Civil Veterinary Dept. Assam report 1927-50 - 1927-1950
Year: 1927
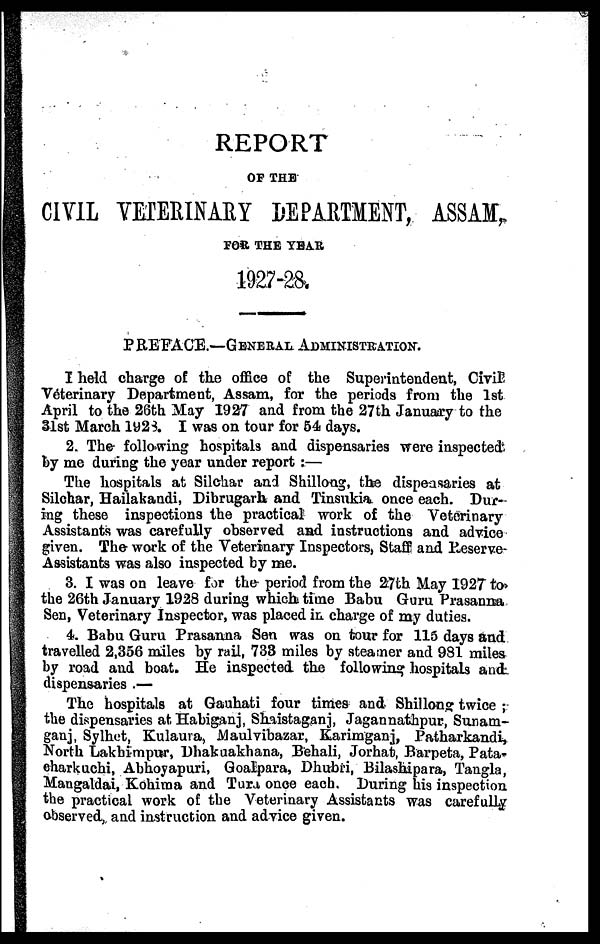
REPORT
OF THE
CIVIL VETERINARY DEPARTMENT, ASSAM,
FOR THE YEAR
1927-28.
PREFACE.—GENERAL ADMINISTRATION.
I held charge of the office of the Superintendent, Civil
Veterinary Department, Assam, for the periods from the 1st
April to the 26th May 1927 and from the 27th January to the
31st March 1923. I was on tour for 54 days.
2. The following hospitals and dispensaries were inspected
by me during the year under report :—
The hospitals at Silchar and Shillong, the dispensaries at
Silchar, Hailakandi, Dibrugarh and Tinsukia once each. Dur-
ing these inspections the practical work of the Veterinary
Assistants was carefully observed and instructions and advice
given. The work of the Veterinary Inspectors, Staff and Reserve-
Assistants was also inspected by me.
3. I was on leave for the period from the 27th May 1927 to
the 26th January 1928 during which time Babu Guru Prasanna
Sen, Veterinary Inspector, was placed in charge of my duties.
4. Babu Guru Prasanna Sen was on tour for 115 days and
travelled 2,356 miles by rail, 733 miles by steamer and 981 miles
by road and boat. He inspected the following hospitals and
dispensaries .—
The hospitals at Gauhati four times and Shillong twice ;
the dispensaries at Habiganj, Shaistaganj, Jagannathpur, Sunam-
ganj, Sylhet, Kulaura, Maulvibazar, Karimganj, Patharkandi,
North Lakhimpur, Dhakuakhana, Behali, Jorhat, Barpeta, Pata-
eharkuchi, Abhoyapuri, Goalpara, Dhubri, Bilashipara, Tangla,
Mangaldai, Kohima and Tura once each. During his inspection
the practical work of the Veterinary Assistants was carefully
observed, and instruction and advice given.